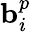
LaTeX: \mathbf{b}_{i}^{p}